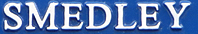
SMEDLEY